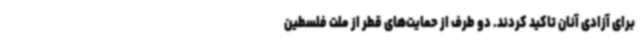
برای آزادی آنان تاکید کردند. دو طرف از حمایت‌های قطر از ملت فلسطین